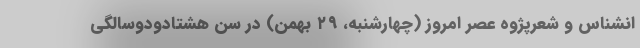
انشناس و شعرپژوه عصر امروز (چهارشنبه، ۲۹ بهمن) در سن هشتادودوسالگی